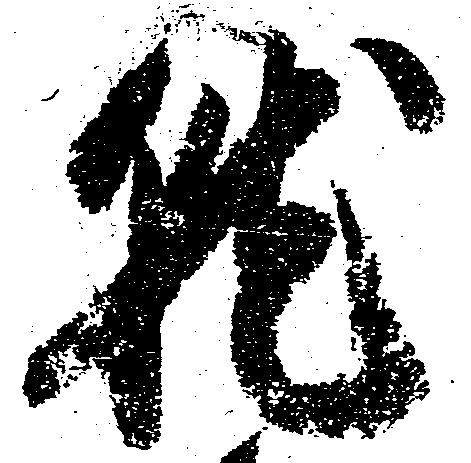
就